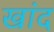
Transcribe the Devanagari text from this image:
खांद